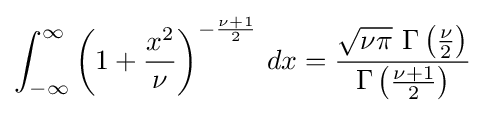
\int _{-\infty }^{\infty }\left(1+{\frac {x^{2}}{\nu }}\right)^{-{\frac {\nu +1}{2}}}\,dx={\frac {{\sqrt {\nu \pi }}\ \Gamma \left({\frac {\nu }{2}}\right)}{\Gamma \left({\frac {\nu +1}{2}}\right)}}